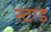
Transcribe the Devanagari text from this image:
स्टाड